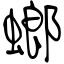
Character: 螂